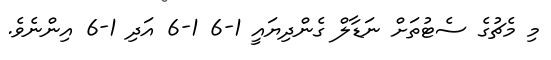
މި މެޗުގެ ސެޓުތަށް ނަޑާލް ގެންދިޔައީ 1-6 1-6 އަދި 1-6 އިންނެވެ.